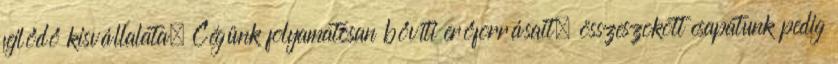
fejlődő kisvállalata. Cégünk folyamatosan bővíti erőforrásait, összeszokott csapatunk pedig